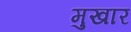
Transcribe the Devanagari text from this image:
मुखार